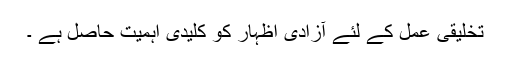
تخلیقی عمل کے لئے آزادی اظہار کو کلیدی اہمیت حاصل ہے ۔